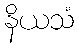
နိယသံ